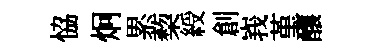
恊炯累蔾綬創峩堇釀